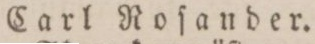
Carl Roſander.